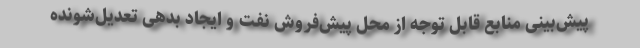
پیش‌بینی منابع قابل توجه از محل پیش‌فروش نفت و ایجاد بدهی تعدیل‌شونده